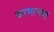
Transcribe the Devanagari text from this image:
करणार्‍च्या